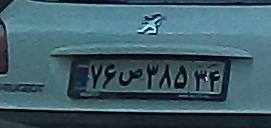
۷۶ص۳۸۵۳۴